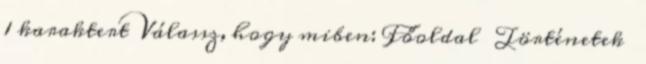
1 karaktert Válassz, hogy miben: Főoldal Történetek